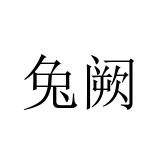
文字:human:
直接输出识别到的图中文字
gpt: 兔阙